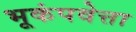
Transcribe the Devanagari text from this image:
भूकंपवेत्ता